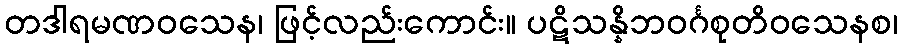
တဒါရမဏဝသေန၊ ဖြင့်လည်းကောင်း။ ပဋိသန္နိဘဝင်္ဂစုတိဝသေနစ၊